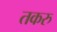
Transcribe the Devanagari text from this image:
तकरु